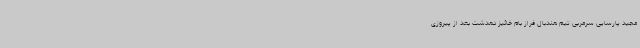
مجید پارسایی سرمربی تیم هندبال فراز بام خائیز دهدشت بعد از پیروزی